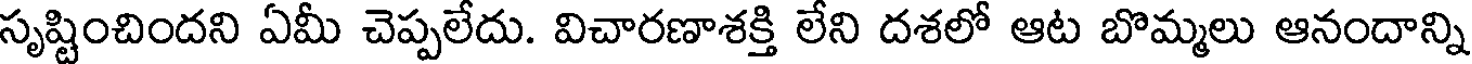
సృష్టించిందని ఏమీ చెప్పలేదు. విచారణాశక్తి లేని దశలో ఆట బొమ్మలు ఆనందాన్ని